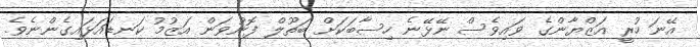
އޭނަ ހުރީ އަަޒްޔާންގެ ވައިވެސް ނޭޅޭނެ ހިސާބަކަށް ބަތޫލް ފޮނުވަން އަޒުމު ކަނޑައަޅައިގެންނެވެ.